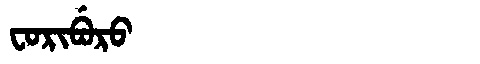
Manchu: ᠸᠣᡵᡳᠪᡠᡵᠣ
Romanization: FORIBURO